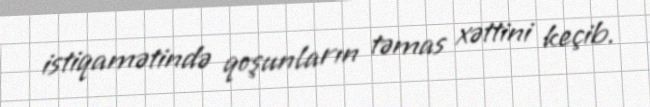
istiqamətində qoşunların təmas xəttini keçib.